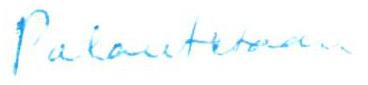
Palautetaan